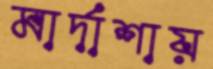
মার্দাশায়